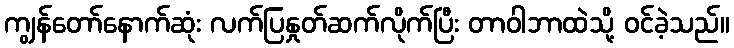
ကျွန်တော်နောက်ဆုံး လက်ပြနှုတ်ဆက်လိုက်ပြီး တာဝါဘာထဲသို့ ဝင်ခဲ့သည်။